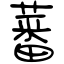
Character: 蕃